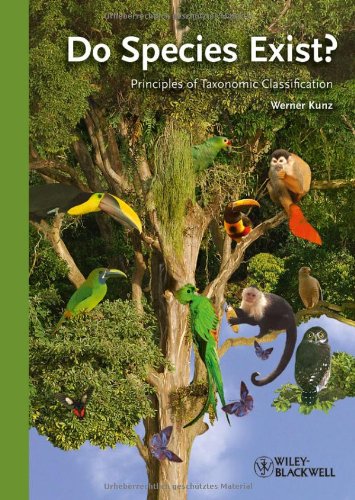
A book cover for Do Species Exist: Principles of Taxonomic Classification; Werner Kunz; Science & Math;